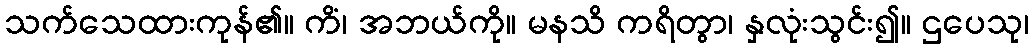
သက်သေထားကုန်၏။ ကိံ၊ အဘယ်ကို။ မနသိ ကရိတွာ၊ နှလုံးသွင်း၍။ ဌပေသု၊